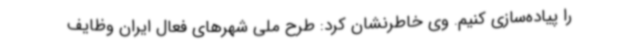
را پیاده‌سازی کنیم. وی خاطرنشان کرد: طرح ملی شهرهای فعال ایران وظایف